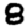
Digit: 8